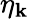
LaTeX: \eta_{\mathbf{k}}